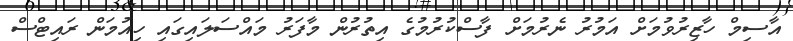
އާސިމް ހާޒިރުވުމަށް އަމުރު ނެރުމަށް ފާސްކުރުމުގެ އިތުރުން މާފަރު މައްސަލައިގައި ހިއުމަން ރައިޓްސް